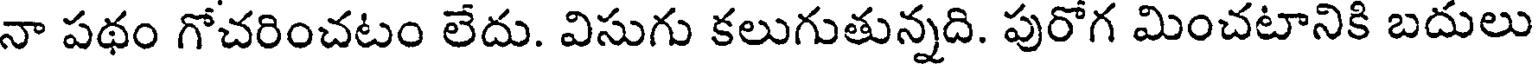
నా పథం గోచరించటం లేదు. విసుగు కలుగుతున్నది. పురోగ మించటానికి బదులు